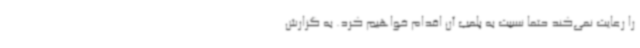
را رعایت نمی‌کند حتماً نسبت به پلمب آن اقدام خواهیم کرد. به گزارش